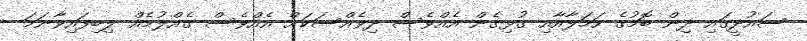
ސައުދީގައި ދިން ބޮމުގެ ހަމަލާއާއި ގުޅިގެން އެއްވެސް ދިވެއްސަކަށް އެއްވެސް ގެއްލުމެއް ލިބިފައިވާނަމަ